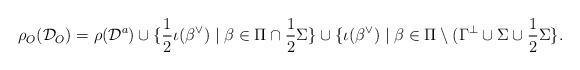
LaTeX: \begin{align*} \rho_O(\mathcal D_O) = \rho(\mathcal D^a) \cup \lbrace \frac12 \iota(\beta^\vee) \mid \beta \in \Pi \cap \frac12 \Sigma \rbrace \cup \lbrace \iota(\beta^\vee) \mid \beta \in \Pi \setminus (\Gamma^\perp \cup \Sigma \cup \frac12 \Sigma \rbrace.\end{align*}